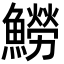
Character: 䲏